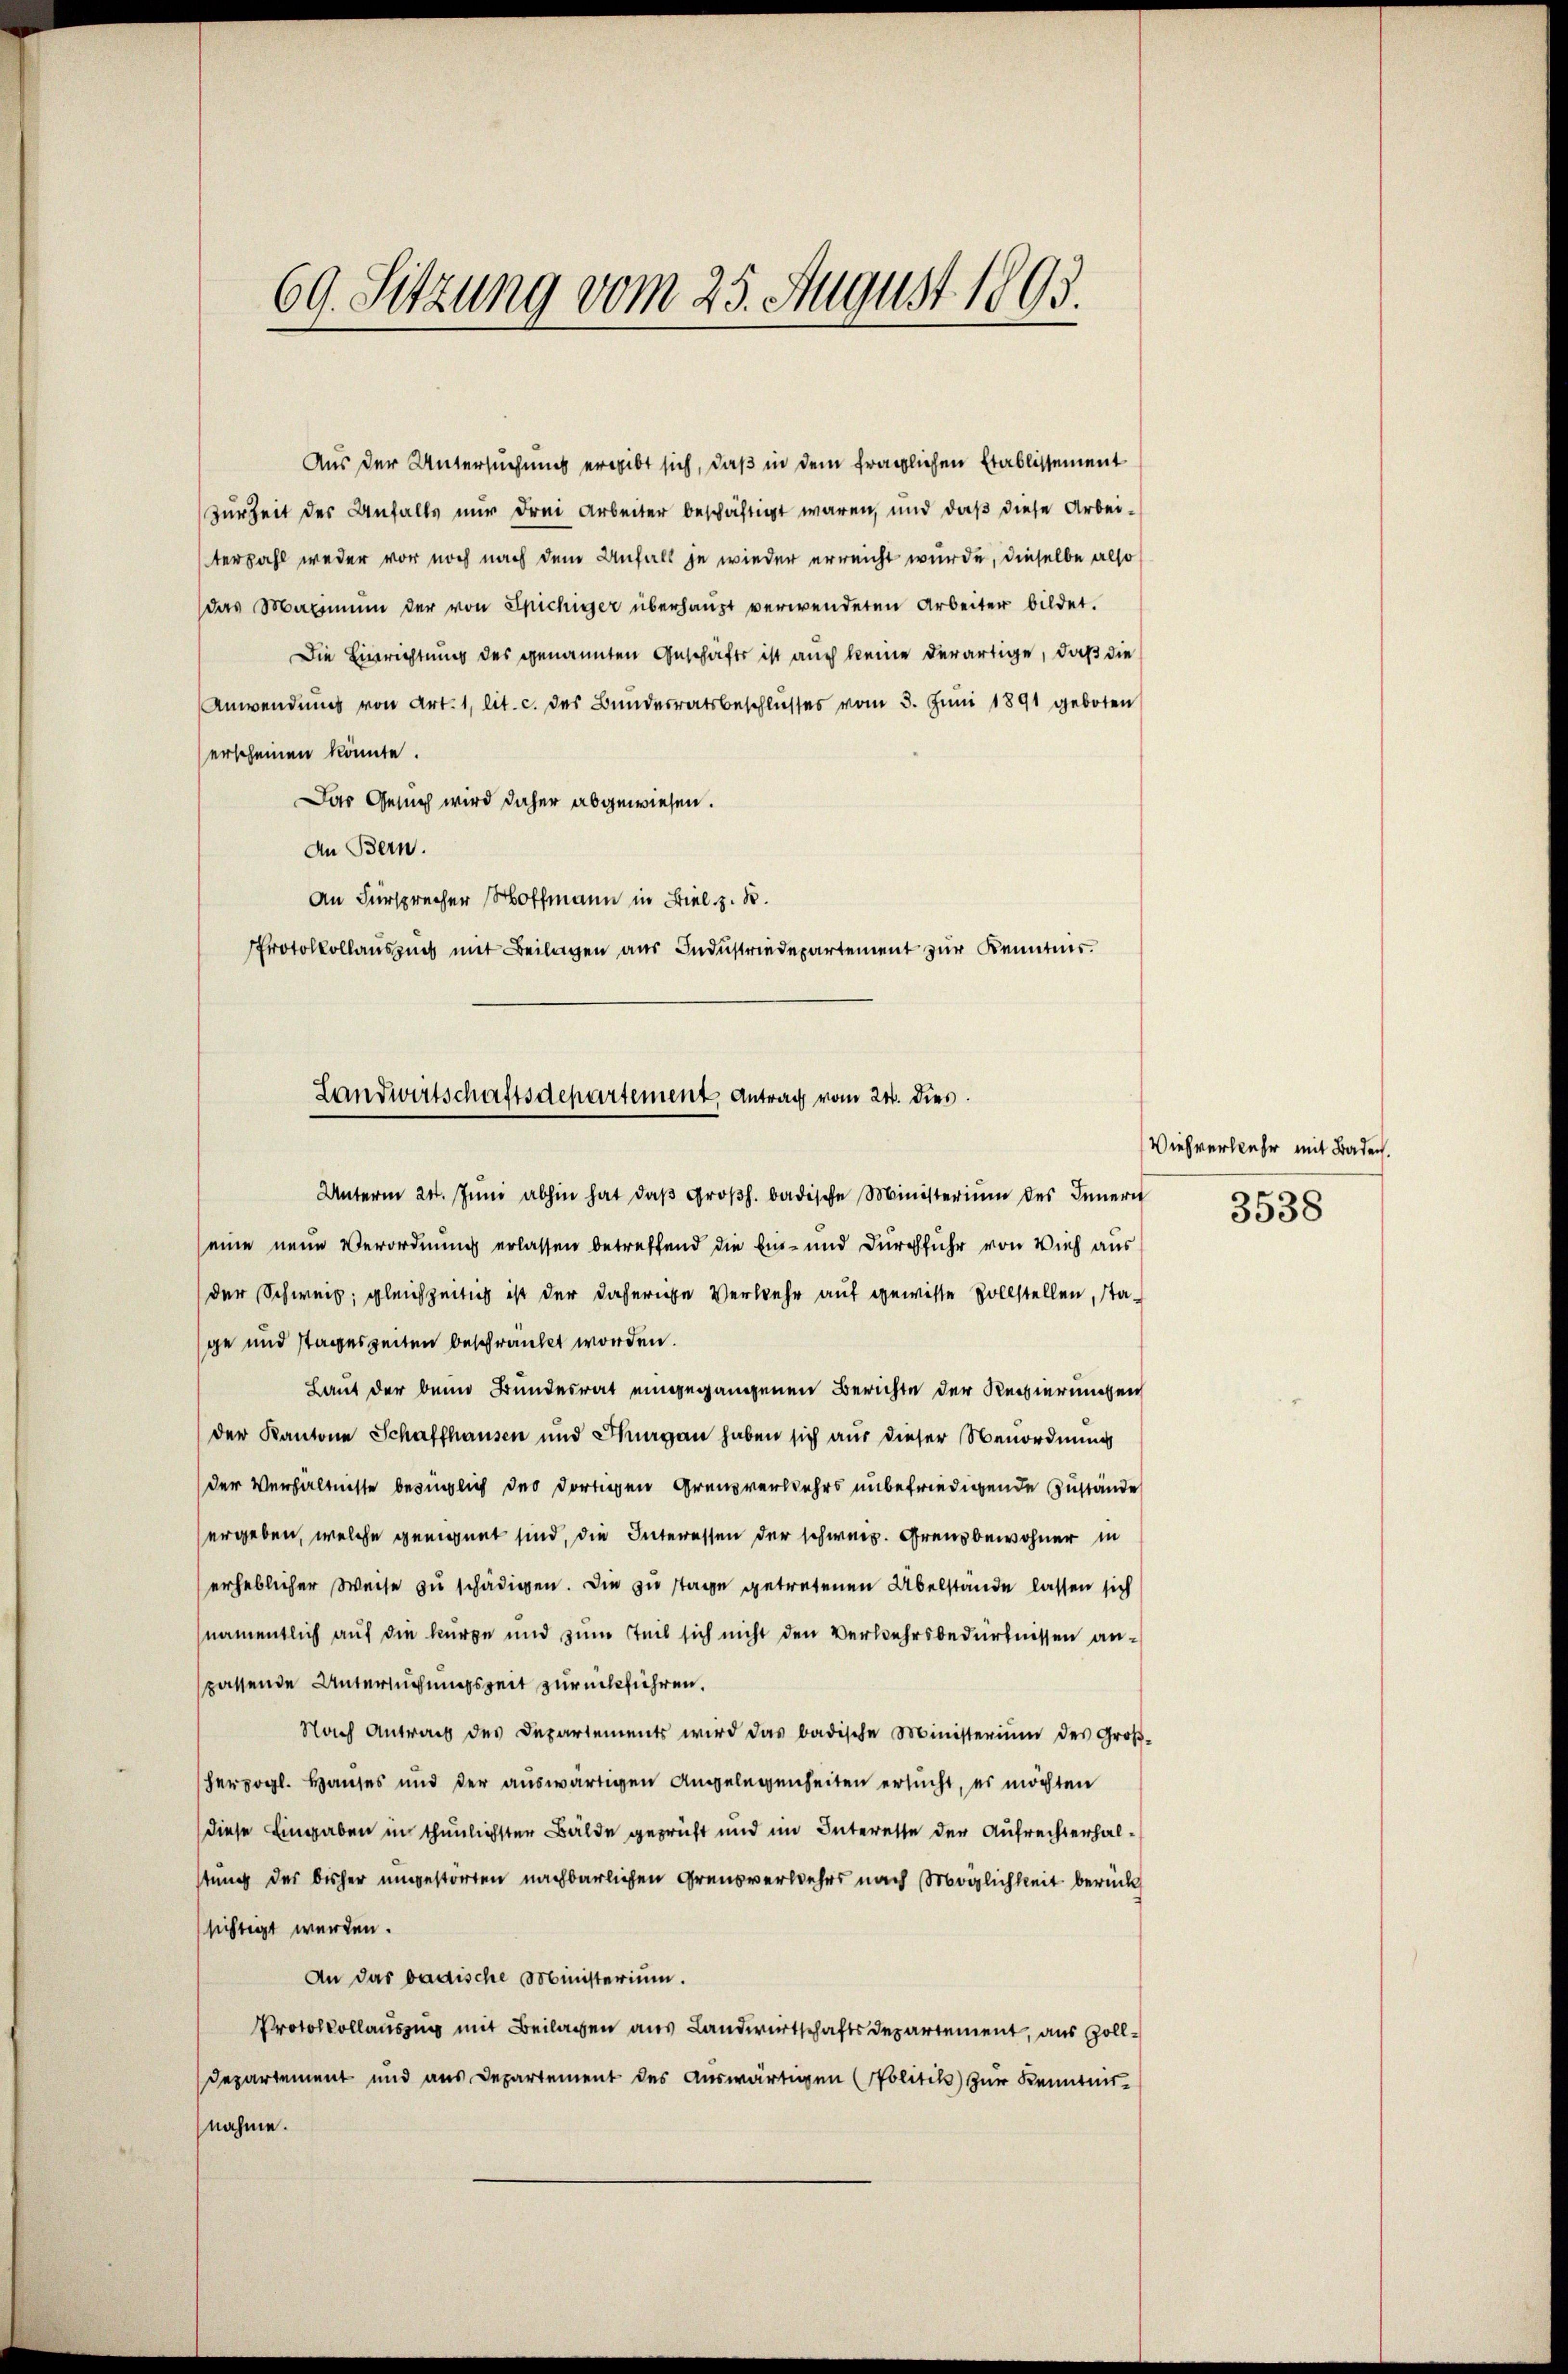
Aus der Untersuchung ergibt sich, daß in dem fraglichen Etablissement
Zur Zeit der Anfalls nur drei Arbeiter beschäftigt waren, und daß diese Arbei-
terzahl weder vor noch nach dem Unfall je wieder erreicht wurde, dieselbe also
das Maximŭm der von Spichiger überhaupt verwendeten Arbeiter bildet.
Die Einrichtung des genannten Geschäfts ist auch keine derartige, daß die
Anwendung von Art. 1, lit. c. des Bundesratsbeschlusses vom 5. Juni 1891 geboten
erscheinen könnte.
Das Gesuch wird daher abgewiesen.
An Bern.
An Fürsprecher Hoffmann in Biel z. B.
Protokollauszug mit Beilagen aus Industriedepartement zur Kenntnis.

69. Sitzung vom 25. August 1803.

Landwirtschaftsdepartement, Antrag vom 24. dies

Unterm 24. Juni abhin hat daβ Großh. badische Ministerium des Innern
eine neue Verordnung erlassen betreffend die Eis- und Durchfuhr von Vieh aus
der Schweis; gleichzeitig ist der daherige Verwehr auf gewisse vollstellen, stage und stageszeiten beschränkt worden.
Laut der beim Bundesrat eingegangenen Berichte der Regierungen
der Kantone Schaffhausen und Hergan haben sich aus dieser Neuordnung
der Verhältnisse bezüglich des dortigen Grenzverwehrs unbefriedigende Zustände
ergeben, welche geeignet sind, die Interessen der schweiz. Grenzbewohner in
erheblicher Weise zu schädigen. Die zu stage getretenen Übelstande lassen sich
namentlich auf die kurze und zum Teil sich nicht den Verkehrsbedürfnissen anspassende Untersuchungszeit zurückführen.
Nach Antrag des Departements wird das badische Ministerium des Groß-
herzogl. Hauses und der auswärtigen Angelegenheiten ersucht, es möchten
diese Eingaben in thunlichster Bälde geprüft und im Interesse der Aufrechterhalstung des bisher umgestörten nachbarlichen Grenzverkehrs nach Möglichkeit berück
sichtigt werden.
An das badische Ministerium.
Protokollauszug mit Beilagen aus Landwirtschaftsdepartement, aus Zoll¬
Departement und aus Departement des Auswärtigen (Politik zur Kenntnis
nahme.

Viehverkehr mit Baden.
3538